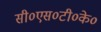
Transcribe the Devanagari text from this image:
सी०एस०टी०के०